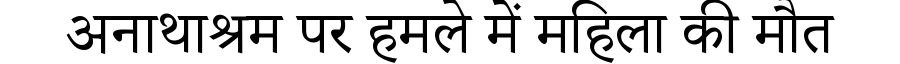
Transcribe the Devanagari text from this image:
अनाथाश्रम पर हमले में महिला की मौत